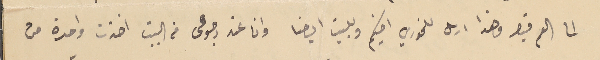
الى العم قيصر وهذا ارسل للخوري اخيكم وللبيت ايضا وانا عند رجوعى من البيت اخذت واحدة من